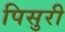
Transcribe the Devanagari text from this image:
पिसुरी